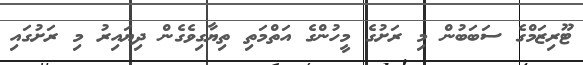
ޓޫރިޒަމްގެ ސަބަބުން މި ރަށުގެ މީހުންގެ އަތްމަތި ތިޔާގިވެގެން ދިޔައިރު މި ރަށުގައި